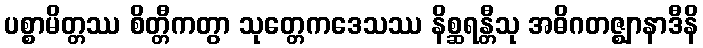
ပစ္စာမိတ္တဿ စိတ္တီကတွာ သုတ္တေကဒေသဿ နိစ္ဆရန္တီသု အဓိဂတဇ္ဈာနာဒီနိ